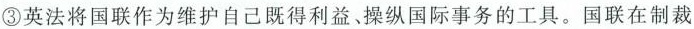
③英法将国联作为维护自己既得利益、操纵国际事务的工具。国联在制裁